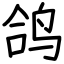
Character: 鸽